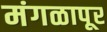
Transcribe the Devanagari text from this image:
मंगळापूर